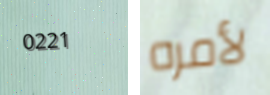
0221 لأمره